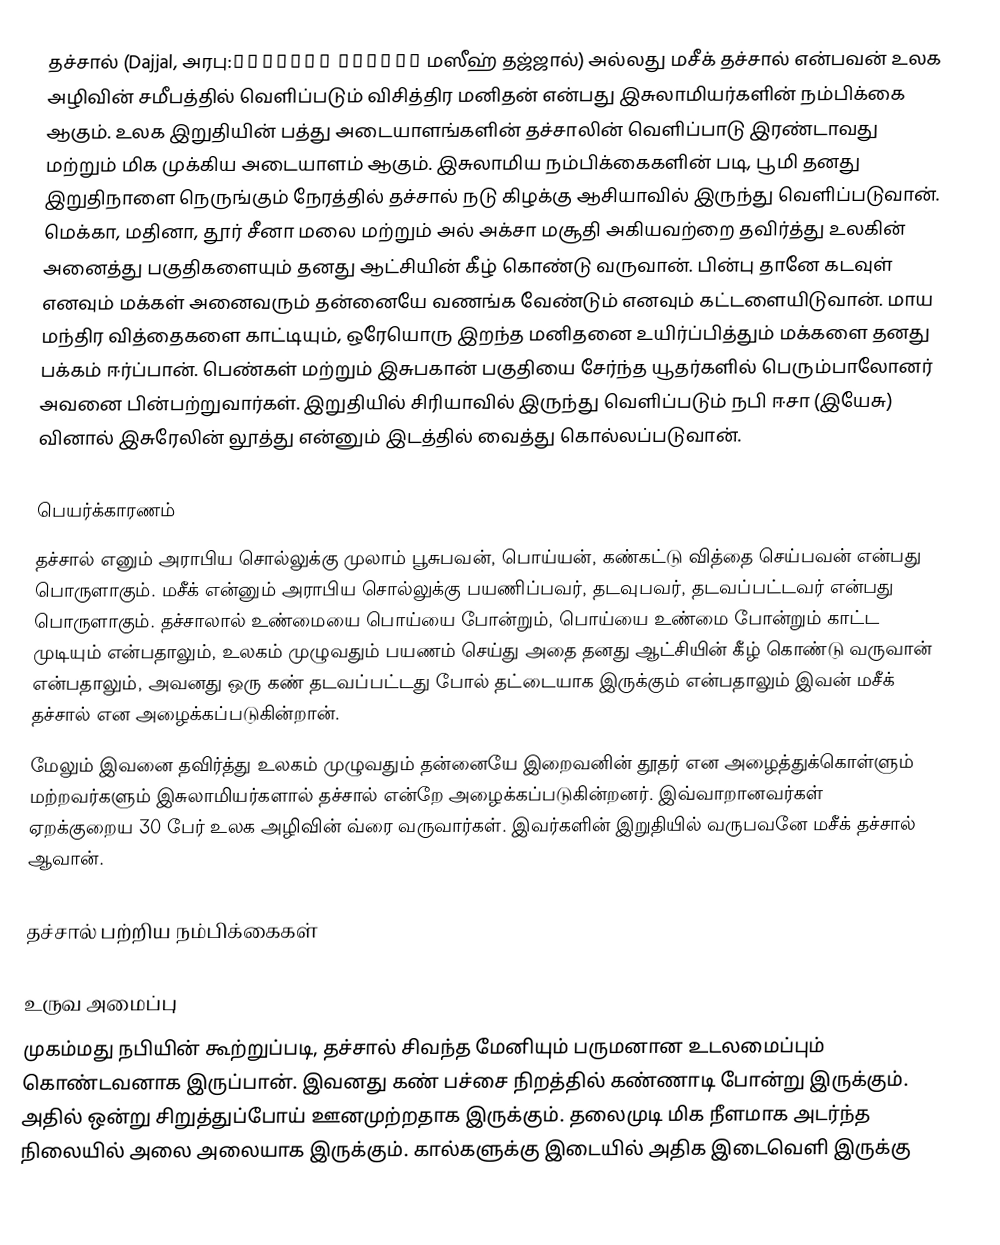
தச்சால் (Dajjal, அரபு:المسيح الدجّال  மஸீஹ் தஜ்ஜால்) அல்லது மசீக் தச்சால் என்பவன் உலக அழிவின் சமீபத்தில் வெளிப்படும் விசித்திர மனிதன் என்பது இசுலாமியர்களின் நம்பிக்கை ஆகும். உலக இறுதியின் பத்து அடையாளங்களின் தச்சாலின் வெளிப்பாடு இரண்டாவது மற்றும் மிக முக்கிய அடையாளம் ஆகும். இசுலாமிய நம்பிக்கைகளின் படி, பூமி தனது இறுதிநாளை நெருங்கும் நேரத்தில் தச்சால் நடு கிழக்கு ஆசியாவில் இருந்து வெளிப்படுவான். மெக்கா, மதினா, தூர் சீனா மலை மற்றும் அல் அக்சா மசூதி அகியவற்றை தவிர்த்து உலகின் அனைத்து பகுதிகளையும் தனது ஆட்சியின் கீழ் கொண்டு வருவான். பின்பு தானே கடவுள் எனவும் மக்கள் அனைவரும் தன்னையே வணங்க வேண்டும் எனவும் கட்டளையிடுவான். மாய மந்திர வித்தைகளை காட்டியும், ஒரேயொரு இறந்த மனிதனை உயிர்ப்பித்தும் மக்களை தனது பக்கம் ஈர்ப்பான். பெண்கள் மற்றும் இசுபகான் பகுதியை சேர்ந்த யூதர்களில் பெரும்பாலோனர் அவனை பின்பற்றுவார்கள். இறுதியில் சிரியாவில் இருந்து வெளிப்படும் நபி ஈசா (இயேசு) வினால் இசுரேலின் லூத்து என்னும் இடத்தில் வைத்து கொல்லப்படுவான்.

பெயர்க்காரணம்
தச்சால் எனும் அராபிய சொல்லுக்கு முலாம் பூசுபவன், பொய்யன், கண்கட்டு வித்தை செய்பவன் என்பது பொருளாகும். மசீக் என்னும் அராபிய சொல்லுக்கு பயணிப்பவர், தடவுபவர், தடவப்பட்டவர் என்பது பொருளாகும். தச்சாலால் உண்மையை பொய்யை போன்றும், பொய்யை உண்மை போன்றும் காட்ட முடியும் என்பதாலும், உலகம் முழுவதும் பயணம் செய்து அதை தனது ஆட்சியின் கீழ் கொண்டு வருவான் என்பதாலும், அவனது ஒரு கண் தடவப்பட்டது போல் தட்டையாக இருக்கும் என்பதாலும் இவன் மசீக் தச்சால் என அழைக்கப்படுகின்றான்.
மேலும் இவனை தவிர்த்து உலகம் முழுவதும் தன்னையே இறைவனின் தூதர் என அழைத்துக்கொள்ளும் மற்றவர்களும் இசுலாமியர்களால் தச்சால் என்றே அழைக்கப்படுகின்றனர். இவ்வாறானவர்கள் ஏறக்குறைய 30 பேர் உலக அழிவின் வ்ரை வருவார்கள். இவர்களின் இறுதியில் வருபவனே மசீக் தச்சால் ஆவான்.

தச்சால் பற்றிய நம்பிக்கைகள்

உருவ அமைப்பு
முகம்மது நபியின் கூற்றுப்படி, தச்சால் சிவந்த மேனியும் பருமனான உடலமைப்பும் கொண்டவனாக இருப்பான். இவனது கண் பச்சை நிறத்தில் கண்ணாடி போன்று இருக்கும். அதில் ஒன்று சிறுத்துப்போய் ஊனமுற்றதாக இருக்கும். தலைமுடி மிக நீளமாக அடர்ந்த நிலையில் அலை அலையாக இருக்கும். கால்களுக்கு இடையில் அதிக இடைவெளி இருக்கு